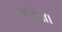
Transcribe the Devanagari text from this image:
जनिता।